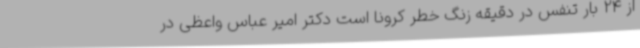
از 24 بار تنفس در دقیقه زنگ خطر کرونا است دکتر امیر عباس واعظی در